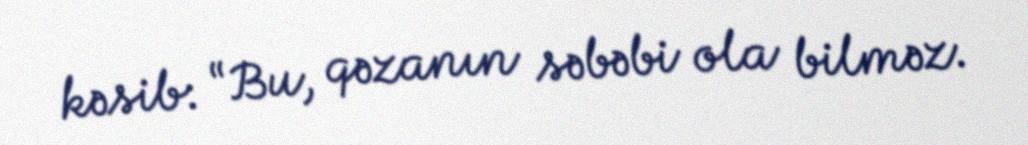
kəsib: “Bu, qəzanın səbəbi ola bilməz.